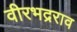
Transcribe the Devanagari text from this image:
वीरभद्रराव